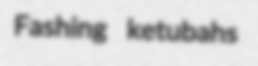
Fashing ketubahs